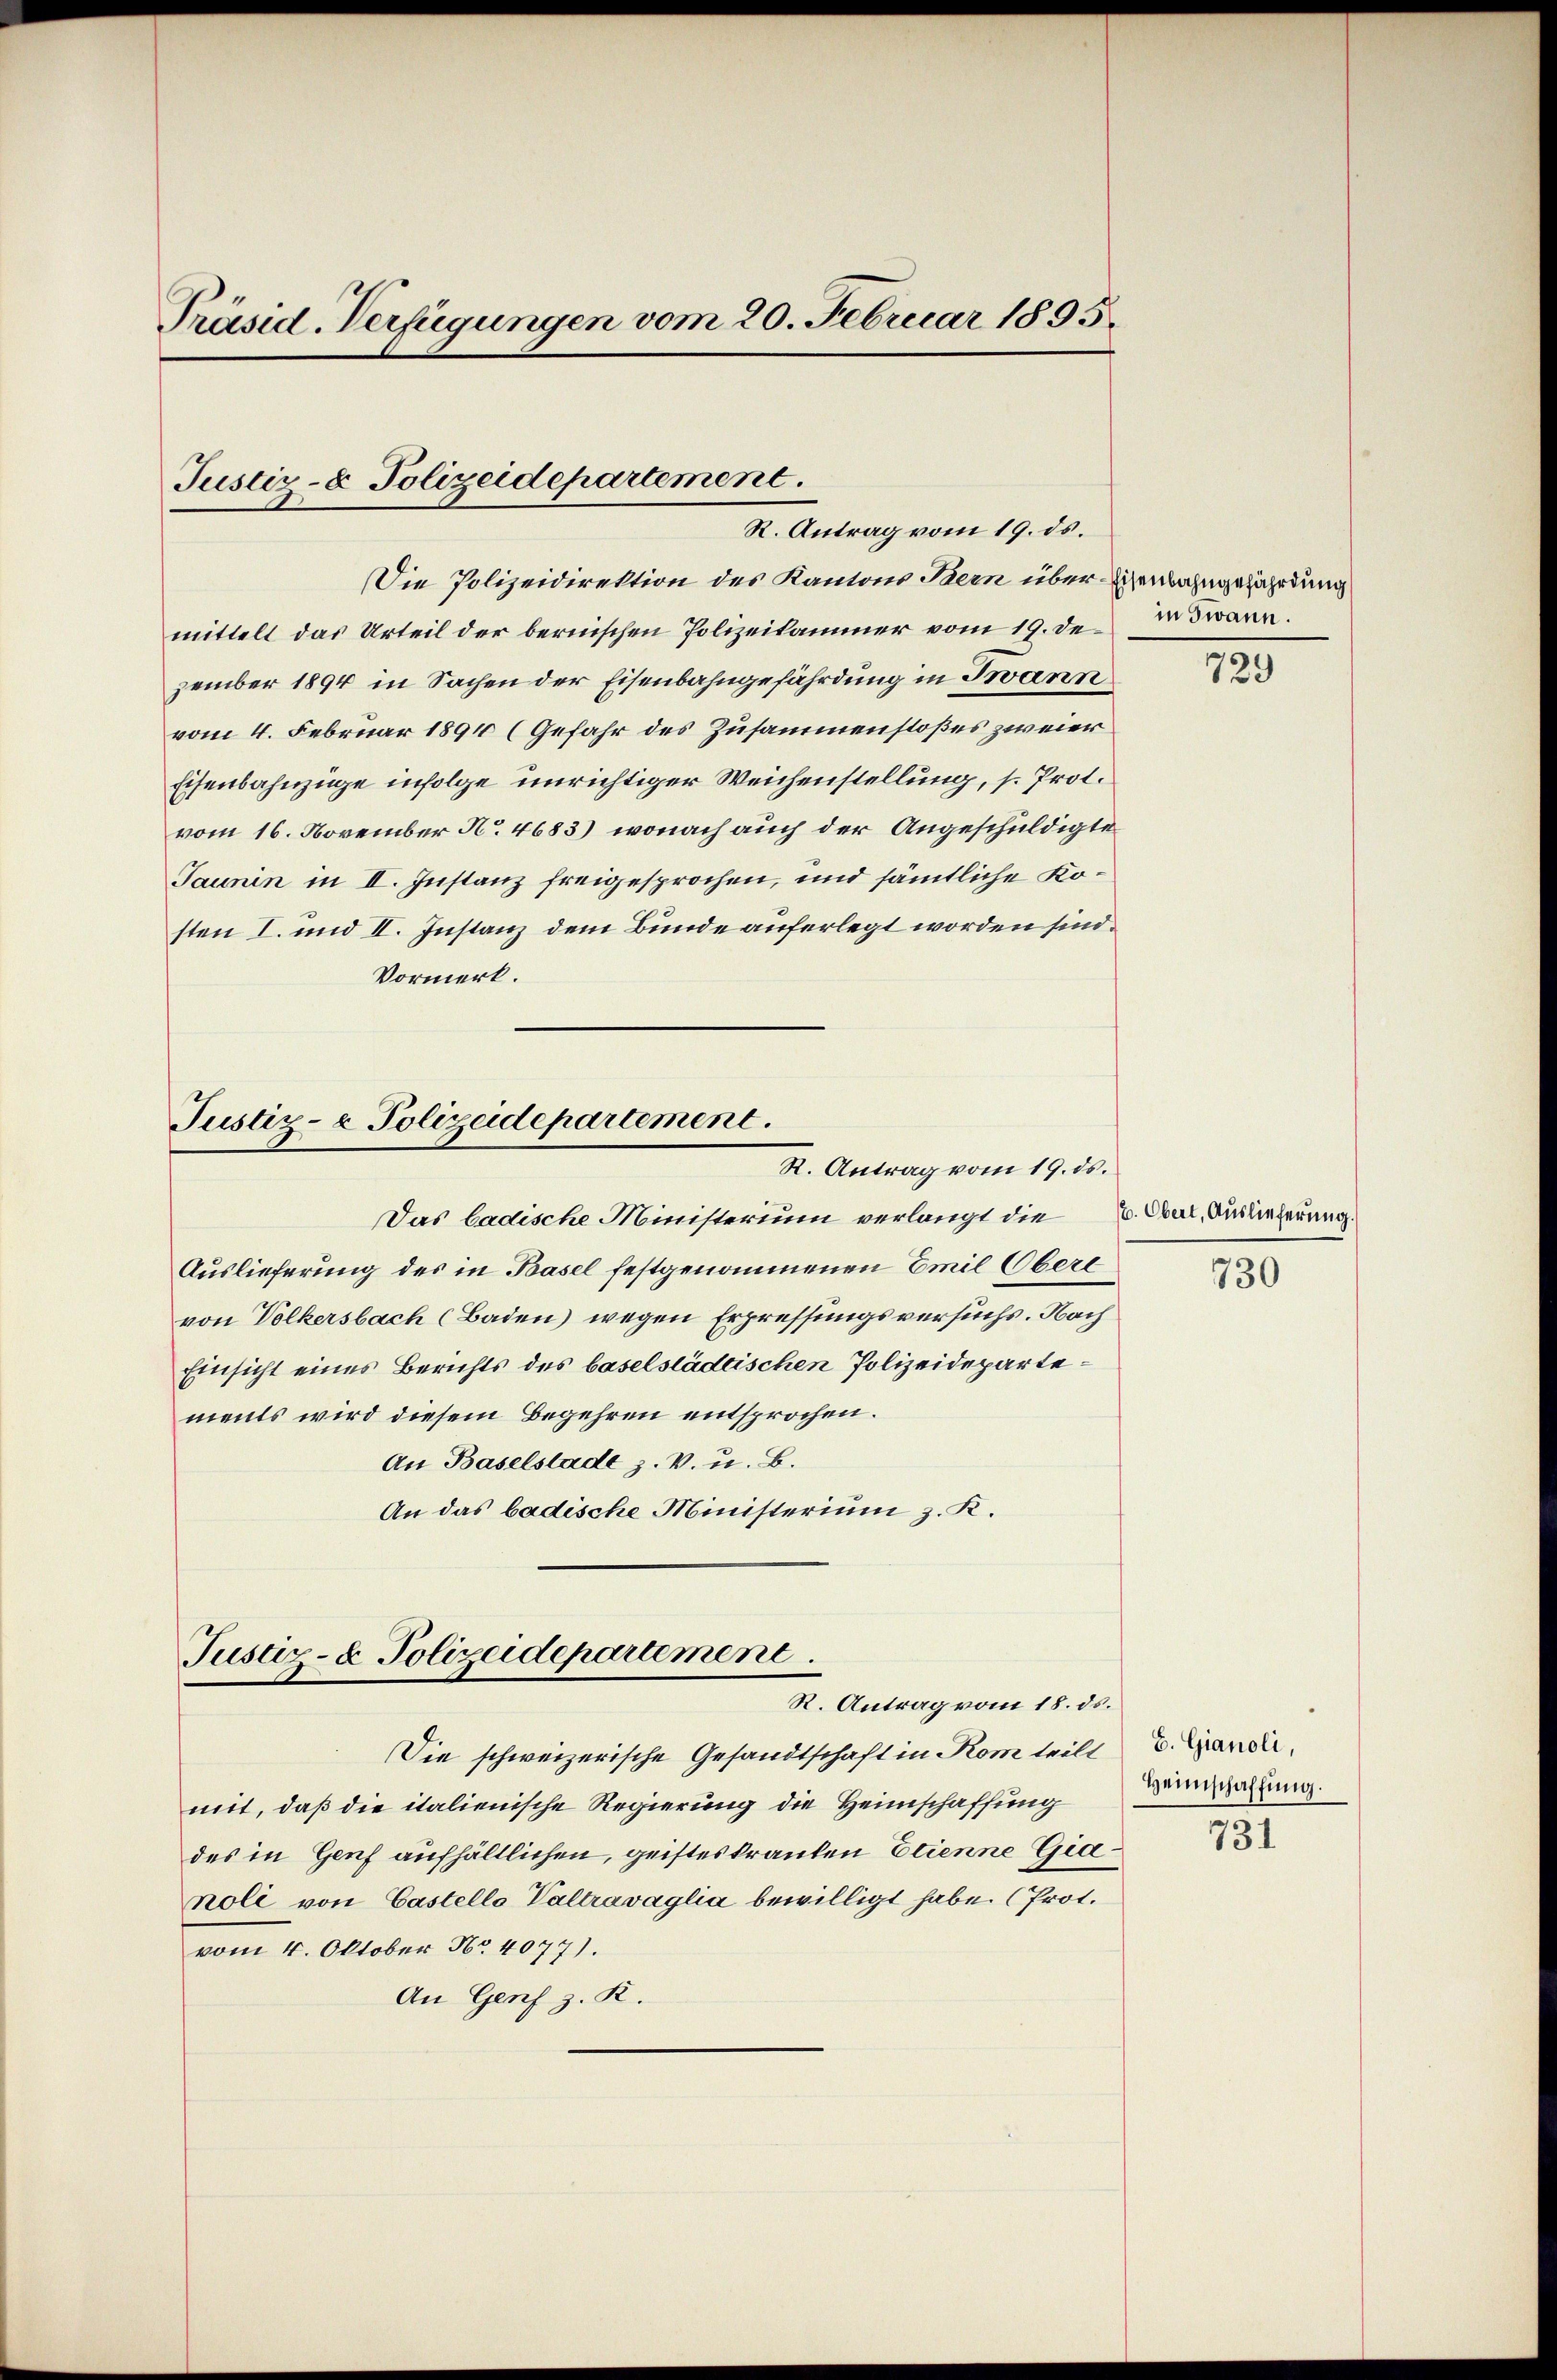
Präsid. Verfügungen vom 20. Februar 1895.

Justiz- & Polizeidepartement.
R. Antrag vom 19. ds.

Die Polizeidirektion des Kantons Bern über Eisenbahngefährdung
mittelt das Urteil der bernischen Polizeikammer vom 19. Dezember 1894 in Sachen der Eisenbahngefährdung in Iwann
vom 4. Februar 1894 (Gefahr des Zusammenstoßes zweier
Eisenbahnzüge infolge unrichtiger Weichenstellung, s. Prot.
vom 16. November No. 4683), wonach auch der Angeschuldigte
Jaunin in II. Instanz freigesprochen, und sämtliche Kosten I. und II. Instanz dem Bunde auferlegt worden sind.
Vormerk.

Justiz- & Polizeidepartement.
R. Antrag vom 19. ds.

Justiz- & Polizeidepartement
R. Antrag vom 18. ds.

Das badische Ministerium verlangt die E. Oul, Auslieferung.
Auslieferung des in Basel festgenommenen Emil Oberl
von Völkersbach (Baden) wegen Erpressungsversuchs. Nach
Einsicht eines Berichts des baselstädtischen Polizeidepartements wird diesem Begehren entsprochen.
An Baselstade z. v. u. B.
An das badische Ministerium z. K.

Die schweizerische Gesandtschaft in Kom teilt u. Grandi
mit, daß die italienische Regierung die Heimschaffung
des in Genf aufhältlichen, geistes kranken Etienne Gianoli von Castello Valtravaglia bewilligt habe. (Prot.
vom 4. Oktober No. 4077).
An Genf z. R.

in Twann.

729

730

Heimschaffung.
731